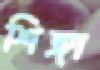
শিঙ্গা